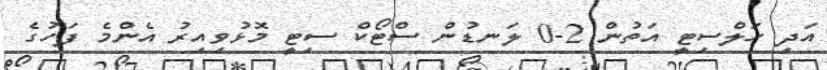
އަދި ހަލްސިޓީ އަތުން 2-0 ލަނޑުން ސްޓޯކް ސިޓީ މޮޅުވިއިރު އެންމެ ފަހުގެ